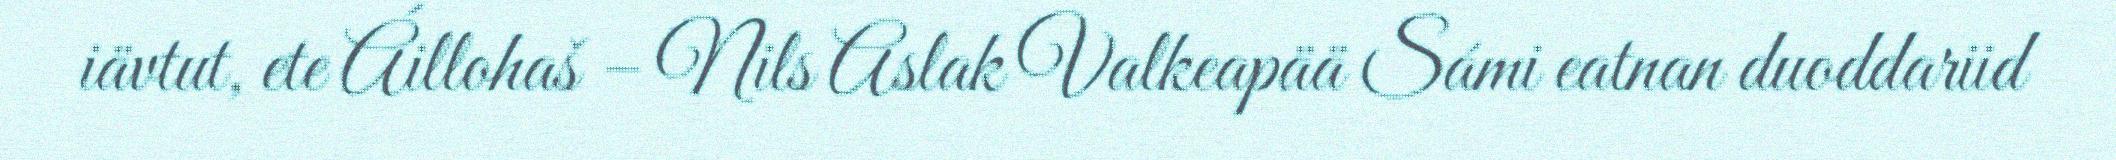
iävtut, ete Áillohaš – Nils Aslak Valkeapää Sámi eatnan duoddariid